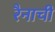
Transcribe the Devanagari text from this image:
रैनाची